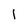
Character: l